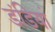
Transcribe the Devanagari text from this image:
डंडियां